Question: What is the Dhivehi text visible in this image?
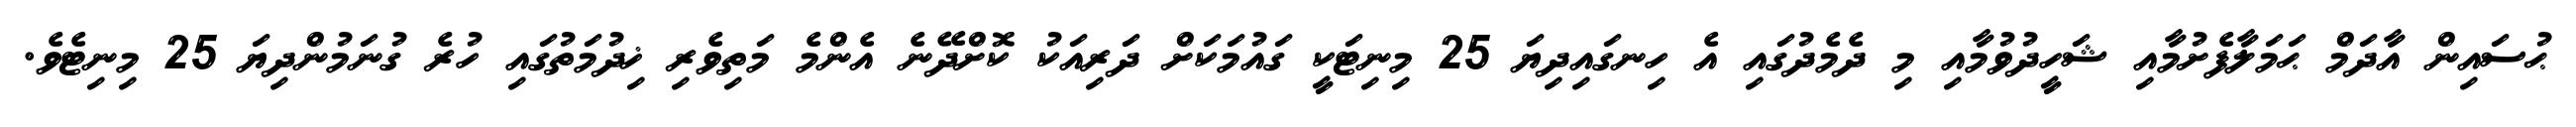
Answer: ޙުސައިން އާދަމް ޙަމަލާފެށުމާއި ޝަހީދުވުމާއި މި ދެމެދުގައި އެ ހިނގައިދިޔަ 25 މިނިޓަކީ ގައުމަކަށް ދަރިއަކު ކޮށްދޭނެ އެންމެ މަތިވެރި ޚިދުމަތުގައި ހުރެ ގުނަމުންދިޔަ 25 މިނިޓެވެ.